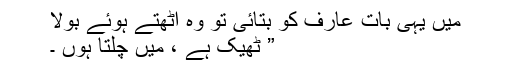
میں یہی بات عارف کو بتائی تو وہ اٹھتے ہوئے بولا
” ٹھیک ہے ، میں چلتا ہوں ۔